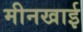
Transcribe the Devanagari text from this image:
मीनखाई